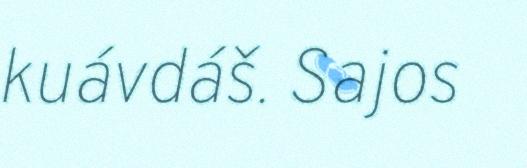
kuávdáš. Sajos